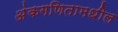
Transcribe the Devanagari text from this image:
अंकगणितामधील